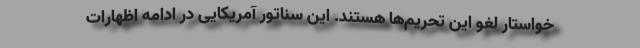
خواستار لغو این تحریم‌ها هستند. این سناتور آمریکایی در ادامه اظهارات